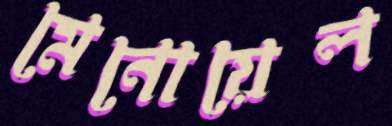
মেনোয়েল